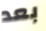
بعد